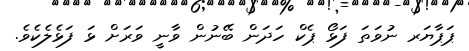
ޕަޕާޔަރ ނުވަތަ ފަޅޯ ޕެކް ހަދަން ބޭނުން ވާނީ ވަރަށް ޅަ ފަޅެލެކެވެ.